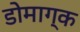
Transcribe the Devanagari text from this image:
डोमाग्क